Lunatic asylums Madras 1892-1911 - 1892-1911
Year: 1892
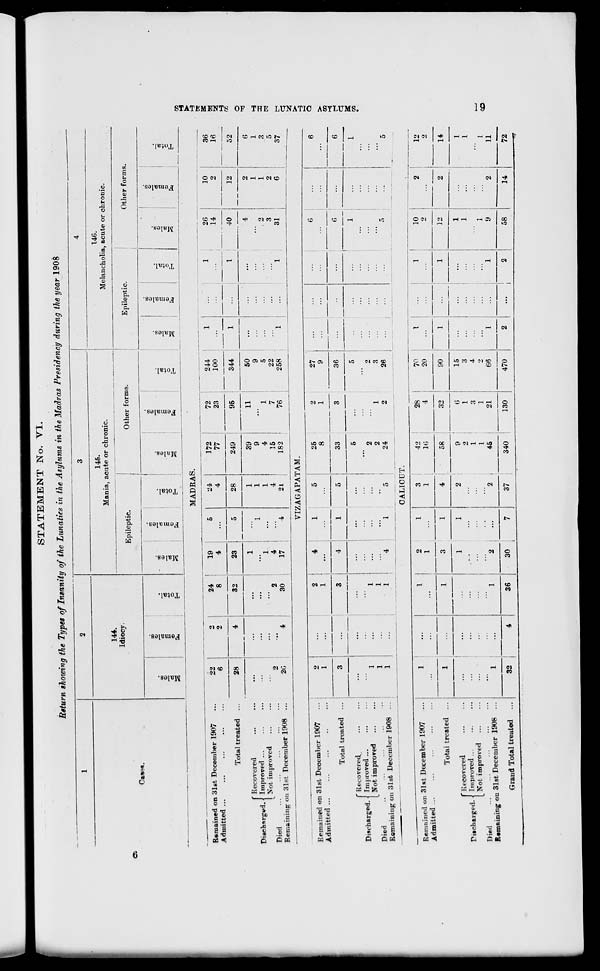
STATEMENT No. VI.
Return showing the Types of Insanity of the Lunatics in the Asylums in the Madras Presidency during the year 1908
1
2
3
4
144.
Idiocy.
145.
Mania, acute or chr onic.
146.
Melancholia, acnte or chronic.
Ca*e*.
Epileptic.
Other forms.
Epileptic.
!
Other form s.
to
to
a
£
cS
o
tc
C3
CS
en
4)
"5
g
5
O
DO
K
CO
£
S
CD
"5
o
EH
CO
GO
co
n £
S
"5
o
c- 1
co
"5
■A
01
"3
S
"3
e»
MADRAS.
<-
>
i-3
Remained on 31st December 1907
Admitted ...
22
6
2
2
24
8
19
4
5
24
4
172
77
72
23
244
100
1
1
1
26
14
I
40
i
10
2
36
16
52
2
§
H
Q
H
Total treated ...
28
4
32
23
5
28
249
95
11
1
7
76
344
12
f Recovered
Disehirgwd. j Improved
1 Xot improved
Died
Remaining on31st December 1908 ...
2
20
" 4
30
1
"l
4
17
1
...
4
1
1
1
4
21
39
9
4
15
182
50
9
5
22
258
...
1
...
4
2
3
1
31
2
1
1
2
6
6
1
3
5
37
VIZAGAPATAM.
3
-3
Remained on 31st December 1907
Admitted ...
I
2
...
4
1
5
25
8
2
1
3
27
9
...
6
6
6
Q
>
Total treated ...
3
...
3
4
1
5
33
36 i
...
6
...
i-H
f Recovered.
Discharged, j Improved
[Not improved
Died
..
Romaining on 31st December 1908 ...
1
1
1
...
■'" 1
1
1
4
-.
"5 :
5
2
2
24
1
2
5
2
3
26
...
1
...
...
5
1
5
2
CALICUT.
Remained on 31st December 1907
Admitted
1
...
1
2
1
1
3
42
1
10
28
4
70
20
1
1
10
2
^ 1
|
12
2
Totai treated
1
1
3
1
4
58
32
90
1
1
2
...
1
12
—
1
2
14
fRecovered
Pitcharged. i Improved
[Not improved
Died
Remaining on 31st December 1908 ...
1
...
1
1
2
1
2
2 ,
9
\
1
45
(J
1
3
1
21
15
3
4
•>
66
1
1
1
'"I
9
:::
|
...
2
1
1
L
11
Grand Total treated
90
6- |
4
36
30
7
37
340
130
470
...
j
2
58
14
72